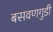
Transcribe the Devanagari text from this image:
बसवणगुडी